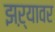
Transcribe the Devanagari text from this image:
झऱ्यावर